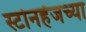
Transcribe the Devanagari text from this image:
स्टोनहेंजच्या